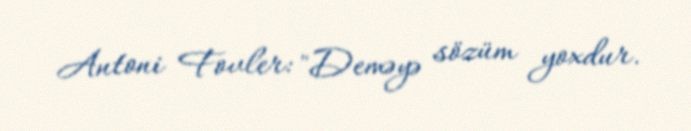
Antoni Fovler: "Deməyə sözüm yoxdur.